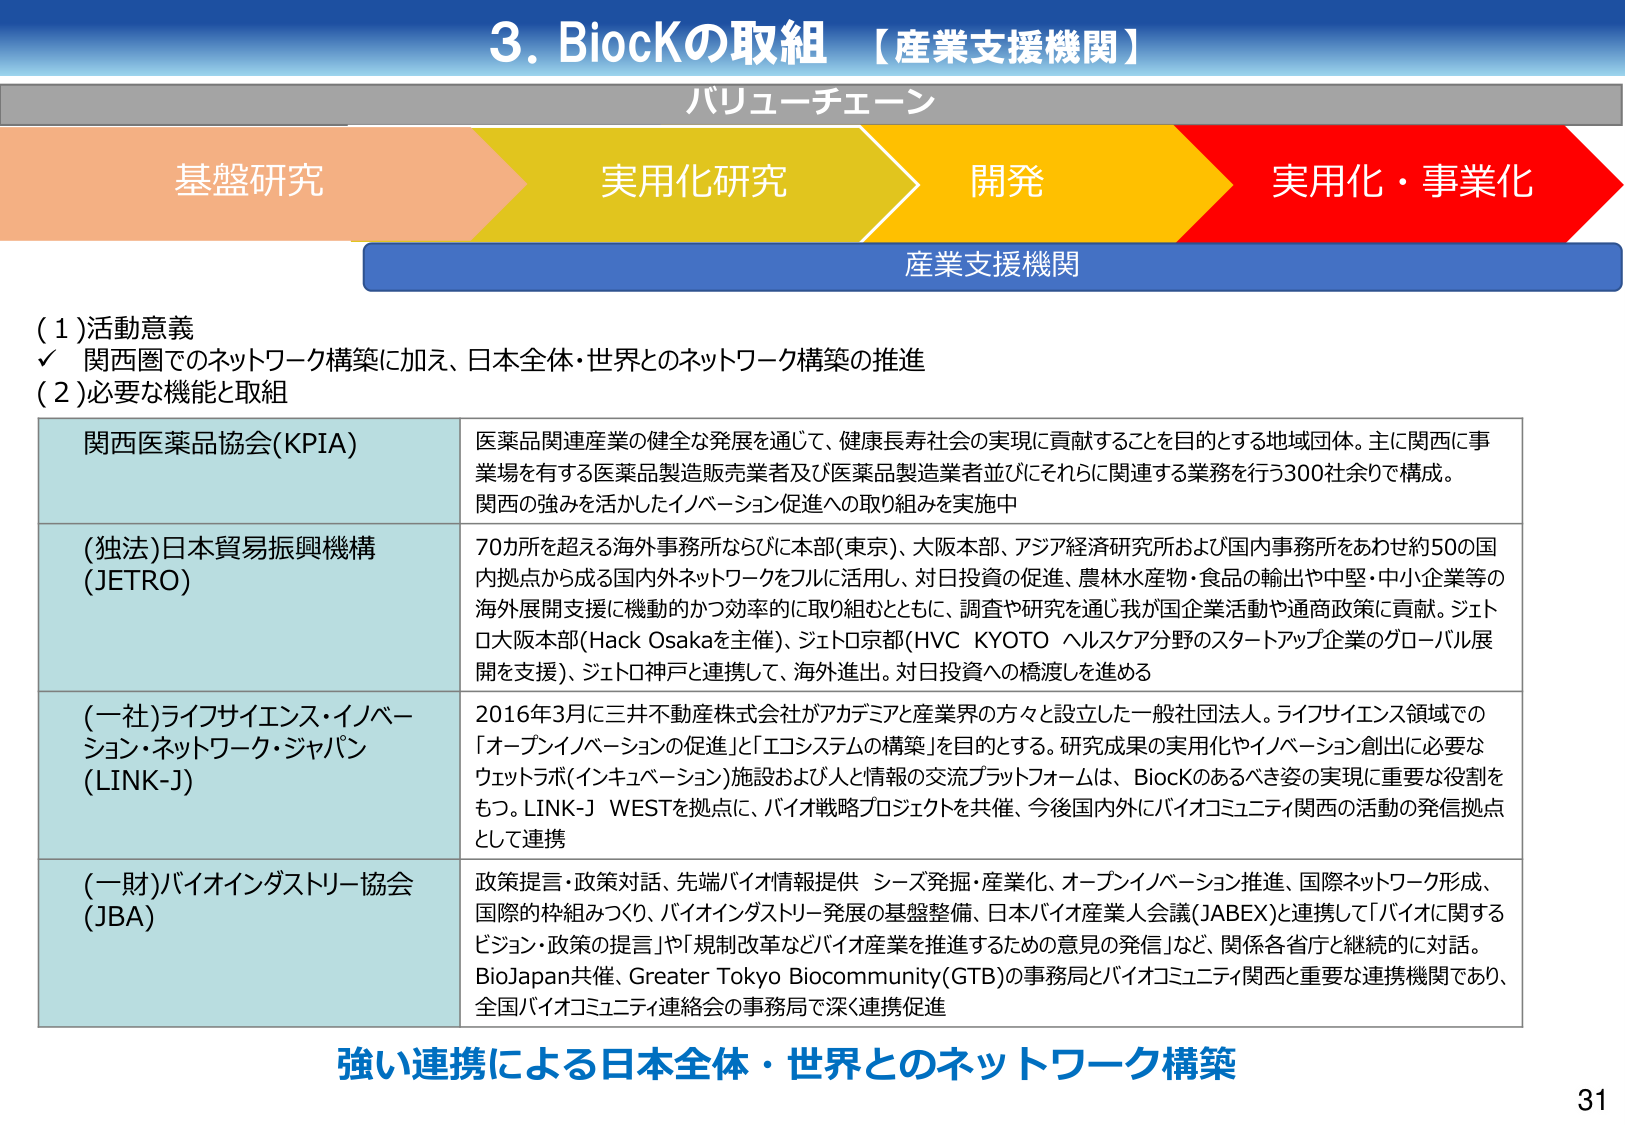
3. BiocKの取組 【産業支援機関】
バリューチェーン
基盤研究 → 実用化研究 → 開発 → 実用化・事業化
産業支援機関

(1) 活動意義
✓ 関西圏でのネットワーク構築に加え、日本全体・世界とのネットワーク構築の推進

(2) 必要な機能と取組

関西医薬品協会(KPIA)
医薬品関連産業の健全な発展を通じて、健康長寿社会の実現に貢献することを目的とする地域団体。主に関西に事業場を有する医薬品製造販売業者及び医薬品製造業者並びにそれらに関連する業務を行う300社余りで構成。関西の強みを活かしたイノベーション促進への取り組みを実施中

(独法)日本貿易振興機構 (JETRO)
70カ所を超える海外事務所ならびに本部(東京)、大阪本部、アジア経済研究所および国内事務所をあわせ約50の国内拠点から成る国内外ネットワークをフルに活用し、対日投資の促進、農林水産物・食品の輸出や中堅・中小企業等の海外展開支援に機動的かつ効率的に取り組むとともに、調査や研究を通じ我が国企業活動や通商政策に貢献。ジェトロ大阪本部(Hack Osakaを主催)、ジェトロ京都(HVC KYOTO ヘルスケア分野のスタートアップ企業のグローバル展開を支援)、ジェトロ神戸と連携して、海外進出。対日投資への橋渡しを進める

(一社)ライフサイエンス・イノベーション・ネットワーク・ジャパン (LINK-J)
2016年3月に三井不動産株式会社がアカデミアと産業界の方々と設立した一般社団法人。ライフサイエンス領域での「オープンイノベーションの促進」と「エコシステムの構築」を目的とする。研究成果の実用化やイノベーション創出に必要なウェットラボ(インキュベーション)施設および人と情報の交流プラットフォームは、BiocKのあるべき姿の実現に重要な役割をもつ。LINK-J WESTを拠点に、バイオ戦略プロジェクトを共催、今後国内外にバイオコミュニティ関西の活動の発信拠点として連携

(一財)バイオインダストリー協会 (JBA)
政策提言・政策対話、先端バイオ情報提供 シーズ発掘・産業化、オープンイノベーション推進、国際ネットワーク形成、国際的枠組みづくり、バイオインダストリー発展の基盤整備、日本バイオ産業人会議(JABEX)と連携して「バイオに関するビジョン・政策の提言」や「規制改革などバイオ産業を推進するための意見の発信」など、関係各省庁と継続的に対話。BioJapan共催、Greater Tokyo Biocommunity(GTB)の事務局とバイオコミュニティ関西と重要な連携機関であり、全国バイオコミュニティ連絡会の事務局で深く連携促進

強い連携による日本全体・世界とのネットワーク構築

31